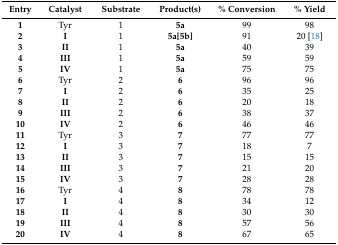
| Entry | Catalyst | Substrate | Product(s) | % Conversion | % Yield |
 | --- | --- | --- | --- | --- | --- |
 | 1 | Tyr | 1 | 5a | 99 | 98 |
 | 2 | I | 1 | 5a[5b] | 91 | 20 [18] |
 | 3 | II | 1 | 5a | 40 | 39 |
 | 4 | III | 1 | 5a | 59 | 59 |
 | 5 | IV | 1 | 5a | 75 | 75 |
 | 6 | Tyr | 2 | 6 | 96 | 96 |
 | 7 | I | 2 | 6 | 35 | 25 |
 | 8 | II | 2 | 6 | 20 | 18 |
 | 9 | III | 2 | 6 | 38 | 37 |
 | 10 | IV | 2 | 6 | 46 | 46 |
 | 11 | Tyr | 3 | 7 | 77 | 77 |
 | 12 | I | 3 | 7 | 18 | 7 |
 | 13 | II | 3 | 7 | 15 | 15 |
 | 14 | III | 3 | 7 | 21 | 20 |
 | 15 | IV | 3 | 7 | 28 | 28 |
 | 16 | Tyr | 4 | 8 | 78 | 78 |
 | 17 | I | 4 | 8 | 34 | 12 |
 | 18 | II | 4 | 8 | 30 | 30 |
 | 19 | III | 4 | 8 | 57 | 56 |
 | 20 | IV | 4 | 8 | 67 | 65 |